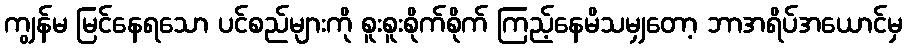
ကျွန်မ မြင်နေရသော ပင်စည်များကို စူးစူးစိုက်စိုက် ကြည့်နေမိသမျှတော့ ဘာအရိပ်အယောင်မှ